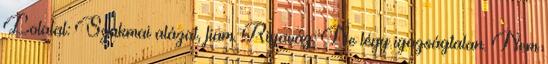
Lolalal: Szakmai alázat, fiam. Rigaváz: Ne légy igazságtalan. Nem